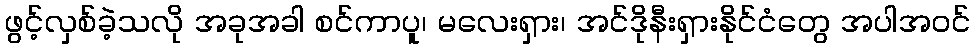
ဖွင့်လှစ်ခဲ့သလို အခုအခါ စင်ကာပူ၊ မလေးရှား၊ အင်ဒိုနီးရှားနိုင်ငံတွေ အပါအဝင်